Vaccination North-Western Provinces 1866-1877 - 1866-1877
Year: 1866
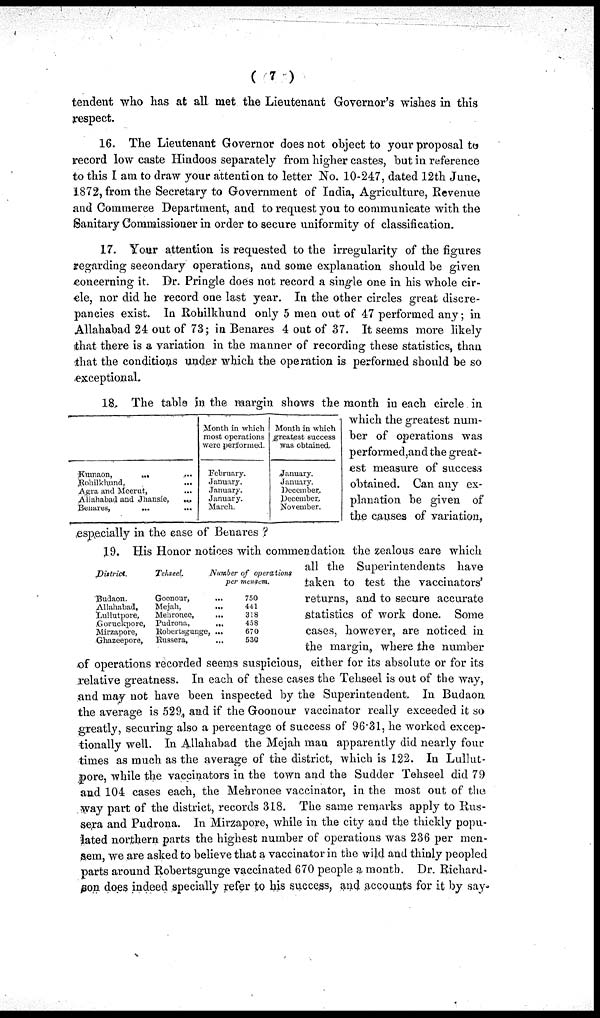
( 7 )
tendent who has at all met the Lieutenant Governor's wishes in this
respect.
16. The Lieutenant Governor does not object to your proposal to
record low caste Hindoos separately from higher castes, but in reference
to this I am to draw your attention to letter No. 10-247, dated 12th June,
1872, from the Secretary to Government of India, Agriculture, Revenue
and Commerce Department, and to request you to communicate with the
Sanitary Commissioner in order to secure uniformity of classification.
17. Your attention is requested to the irregularity of the figures
regarding secondary operations, and some explanation should be given
concerning it. Dr. Pringle does not record a single one in his whole cir-
cle, nor did he record one last year. In the other circles great discre-
pancies exist. In Rohilkhund only 5 men out of 47 performed any; in
Allahabad 24 out of 73; in Benares 4 out of 37. It seems more likely
that there is a variation in the manner of recording these statistics, than
that the conditions under which the operation is performed should be so
exceptional.
Kumaon,
... ...
Rohilkhund, ...
Agra and Meerut, ...
Allahabad and Jhansie,
...
Benares,
...
...
Month in which
most operations
were performed.
February.
January.
January.
January.
March.
Month in which
greatest success
was obtained.
January.
January.
December..
December,
November.
18. The table in the margin shows the month in each circle in
which the greatest num-
ber of operations was
performed,and the great-
est measure of success
obtained. Can any ex-
planation be given of
the causes of variation,
especially in the case of Benares ?
District.
Budaon.
Allahabad,
Lullutpore,
Goruckpore,
Mirzapore,
Ghazeepore,
Tehseel.
Number of operations
per mensem.
Goonour,
...
Mejah,
...
Mehronee,
...
Pudrona,
...
Robertsgunge, ...
Russera,
...
750
441
318
458
670
530
19. His Honor notices with commendation the zealous care which
all the Superintendents have
taken to test the vaccinators'
returns, and to secure accurate
statistics of work done. Some
cases, however, are noticed in
the margin, where the number
of operations recorded seems suspicious, either for its absolute or for its
relative greatness. In each of these cases the Tehseel is out of the way,
and may not have been inspected by the Superintendent. In Budaon
the average is 529, and if the Goonour vaccinator really exceeded it so
greatly, securing also a percentage of success of 96.31, he worked excep-
tionally well. In Allahabad the Mejah man apparently did nearly four
times as much as the average of the district, which is 122. In Lullut¬
pore, while the vaccinators in the town and the Sudder Tehseel did 79
and 104 cases each, the Mebronee vaccinator, in the most out of the
way part of the district, records 318. The same remarks apply to Rus¬
sera and Pudrona. In Mirzapore, while in the city and the thickly popu-
lated northern parts the highest number of operations was 236 per men-
sem, we are asked to believe that a vaccinator in the wild and thinly peopled
parts around Robertsgunge vaccinated 670 people a month. Dr. Richard-
son does indeed specially refer to his success, and accounts for it by say.